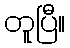
တူပြီ။